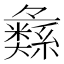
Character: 𱺌